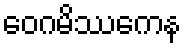
ဝေဂမိဿကေန